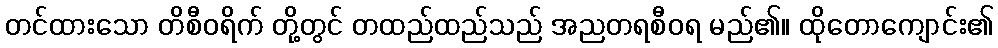
တင်ထားသော တိစီဝရိက် တို့တွင် တထည်ထည်သည် အညတရစီဝရ မည်၏။ ထိုတောကျောင်း၏